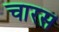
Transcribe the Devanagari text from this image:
चारस